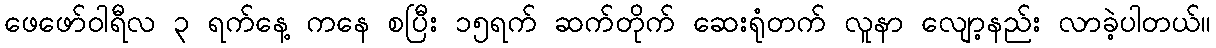
ဖေဖော်ဝါရီလ ၃ ရက်နေ့ ကနေ စပြီး ၁၅ရက် ဆက်တိုက် ဆေးရုံတက် လူနာ လျော့နည်း လာခဲ့ပါတယ်။